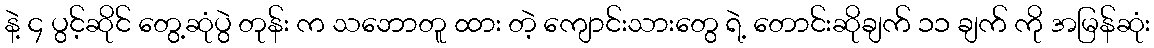
နဲ့ ၄ ပွင့်ဆိုင် တွေ့ဆုံပွဲ တုန်း က သဘောတူ ထား တဲ့ ကျောင်းသားတွေ ရဲ့ တောင်းဆိုချက် ၁၁ ချက် ကို အမြန်ဆုံး